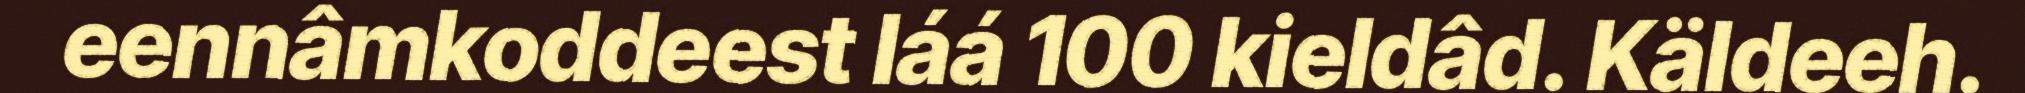
eennâmkoddeest láá 100 kieldâd. Käldeeh.